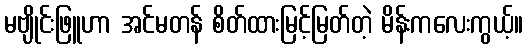
မဗျိုင်းဖြူဟာ အင်မတန် စိတ်ထားမြင့်မြတ်တဲ့ မိန်းကလေးကွယ့်။